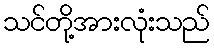
သင်တို့အားလုံးသည်